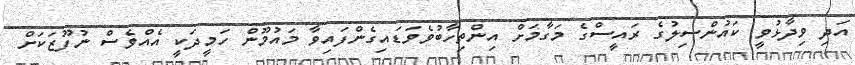
އަދި ވިދާޅުވީ ކައުންސިލުގެ ރައީސްގެ މަގާމަށް އިންތިހާބުވެވަޑައިގެންފައިވާ މައުމޫން ހަމީދަކީ އެއްވެސް ނުފޫޒަކަށް